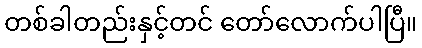
တစ်ခါတည်းနှင့်တင် တော်လောက်ပါပြီ။